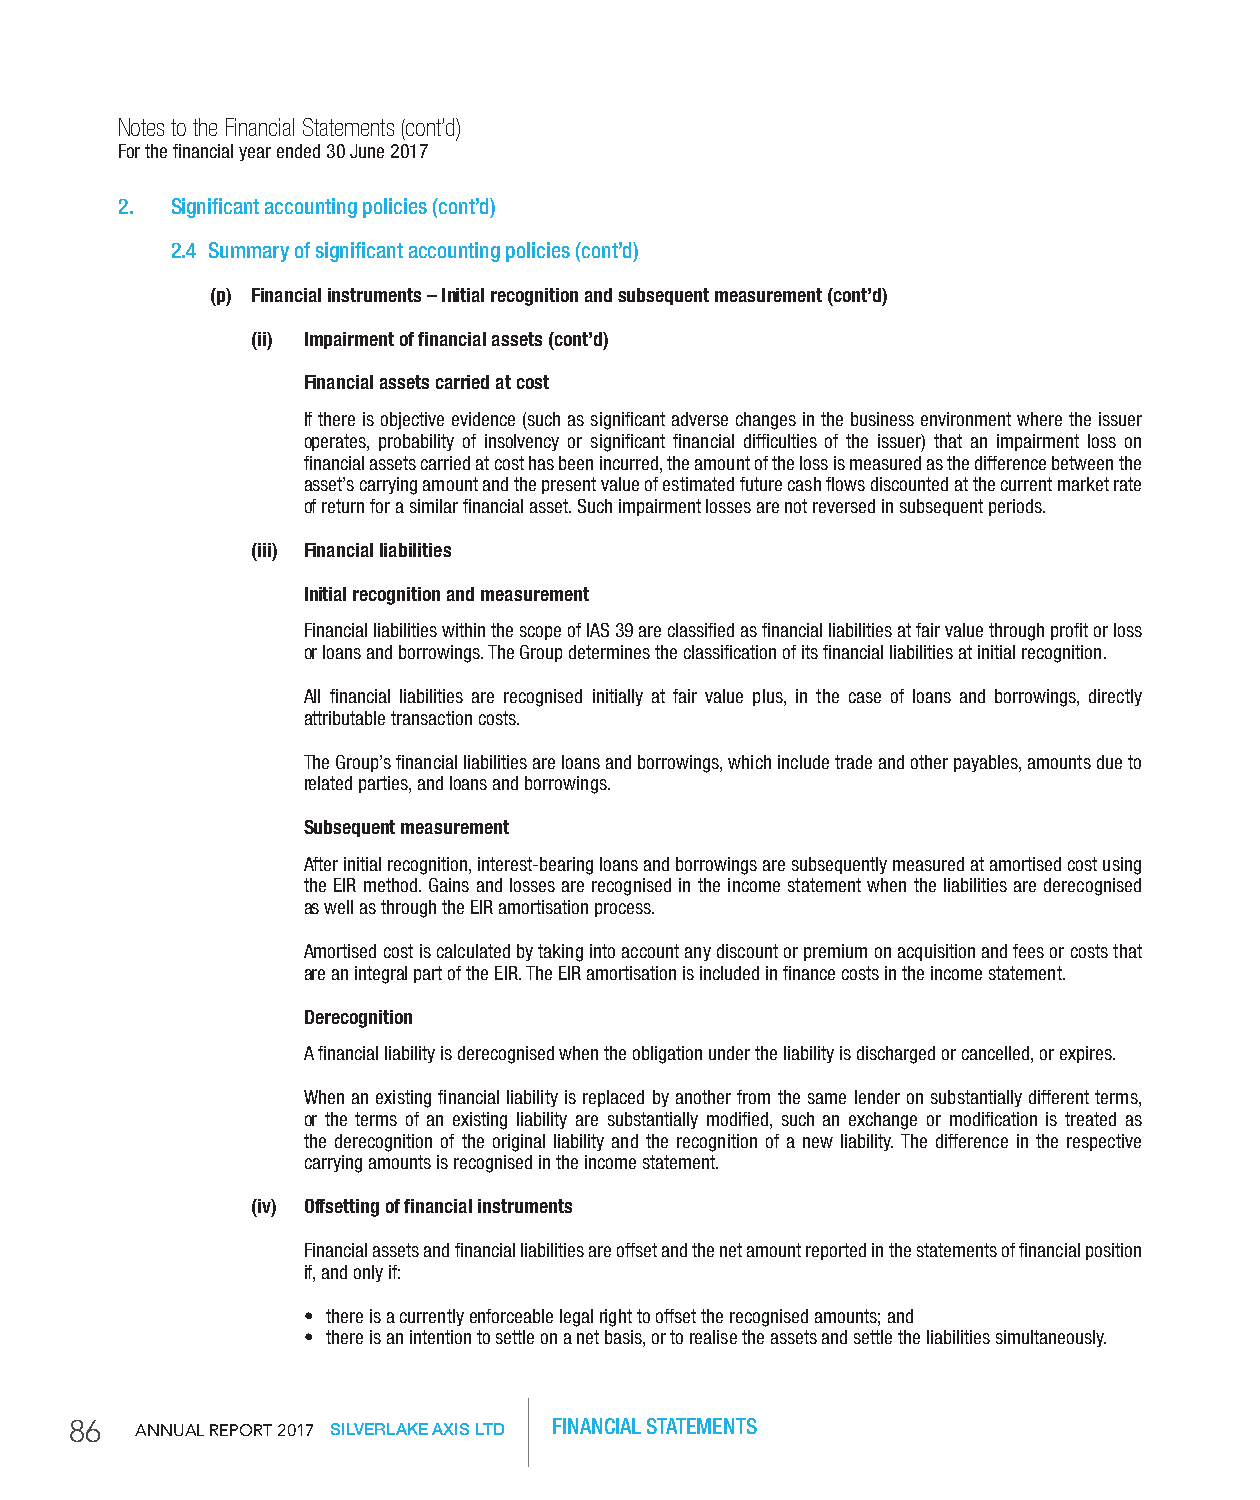
Notes to the Financial Statements (cont’d)
 For the financial year ended 30 June 2017
 2. Significant accounting policies (cont’d)
 2.4 Summary of significant accounting policies (cont’d)
 (p) Financial instruments – initial recognition and subsequent measurement (cont’d)
 (ii) impairment of financial assets (cont’d)
 Financial assets carried at cost
 If there is objective evidence (such as significant adverse changes in the business environment where the issuer
 operates, probability of insolvency or significant financial difficulties of the issuer) that an impairment loss on
 financial assets carried at cost has been incurred, the amount of the loss is measured as the difference between the
 asset’s carrying amount and the present value of estimated future cash flows discounted at the current market rate
 of return for a similar financial asset. Such impairment losses are not reversed in subsequent periods.
 (iii) Financial liabilities
 initial recognition and measurement
 Financial liabilities within the scope of IAS 39 are classified as financial liabilities at fair value through profit or loss
 or loans and borrowings. The Group determines the classification of its financial liabilities at initial recognition.
 All financial liabilities are recognised initially at fair value plus, in the case of loans and borrowings, directly
 attributable transaction costs.
 The Group’s financial liabilities are loans and borrowings, which include trade and other payables, amounts due to
 related parties, and loans and borrowings.
 Subsequent measurement
 After initial recognition, interest-bearing loans and borrowings are subsequently measured at amortised cost using
 the EIR method. Gains and losses are recognised in the income statement when the liabilities are derecognised
 as well as through the EIR amortisation process.
 Amortised cost is calculated by taking into account any discount or premium on acquisition and fees or costs that
 are an integral part of the EIR. The EIR amortisation is included in finance costs in the income statement.
 Derecognition
 A financial liability is derecognised when the obligation under the liability is discharged or cancelled, or expires.
 When an existing financial liability is replaced by another from the same lender on substantially different terms,
 or the terms of an existing liability are substantially modified, such an exchange or modification is treated as
 the derecognition of the original liability and the recognition of a new liability. The difference in the respective
 carrying amounts is recognised in the income statement.
 (iv) offsetting of financial instruments
 Financial assets and financial liabilities are offset and the net amount reported in the statements of financial position
 if, and only if:
 • there is a currently enforceable legal right to offset the recognised amounts; and
 • there is an intention to settle on a net basis, or to realise the assets and settle the liabilities simultaneously.
 86  AnnuAl RepoRt 2017 SILVERLAKE AXIS LTD FINANCIAL STATEMENTS